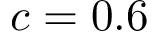
c = 0 . 6